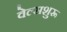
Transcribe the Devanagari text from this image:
वेल्सशुरू